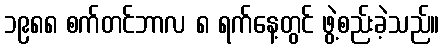
၁၉၈၈ စက်တင်ဘာလ ၈ ရက်နေ့တွင် ဖွဲ့စည်းခဲ့သည်။